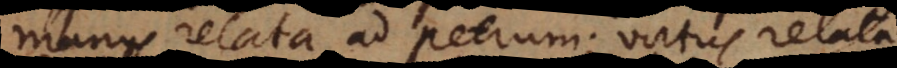
manus relata ad Petrum; virtus relata